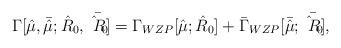
LaTeX: \begin{align*}\Gamma[{\hat \mu},{\bar {\hat\mu}}; {\hat R_0},{\bar {\hat R_0}}] =\Gamma_{WZP}[{\hat \mu}; {\hat R_0}] + {\bar \Gamma_{WZP}}[{\bar {\hat \mu}};{\bar {\hat R_0}}],\end{align*}